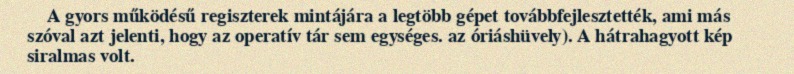
A gyors működésű regiszterek mintájára a legtöbb gépet továbbfejlesztették, ami más szóval azt jelenti, hogy az operatív tár sem egységes. az óriáshüvely). A hátrahagyott kép siralmas volt.